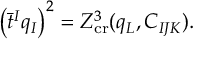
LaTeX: \left( \bar { t } ^ { I } q _ { I } \right) ^ { 2 } = Z _ { \mathrm { c r } } ^ { 3 } ( q _ { L } , C _ { I J K } ) .